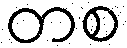
တစ